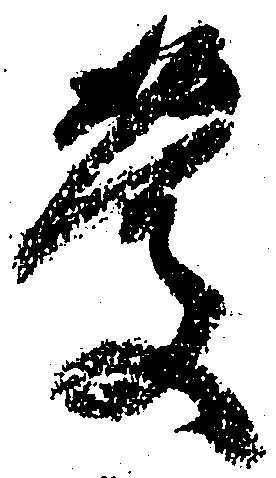
慶